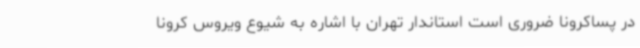
در پساکرونا ضروری است استاندار تهران با اشاره به شیوع ویروس کرونا